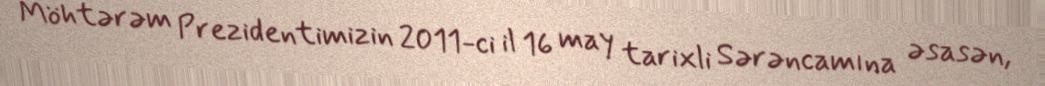
Möhtərəm Prezidentimizin 2011-ci il 16 may tarixli Sərəncamına əsasən,